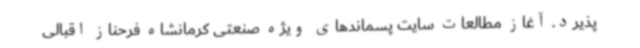
پذیرد. آغاز مطالعات سایت پسماندهای ویژه صنعتی کرمانشاه فرحناز اقبالی